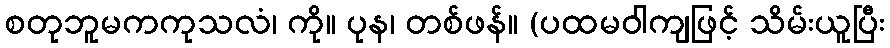
စတုဘူမကကုသလံ၊ ကို။ ပုန၊ တစ်ဖန်။ (ပထမဝါကျဖြင့် သိမ်းယူပြီး